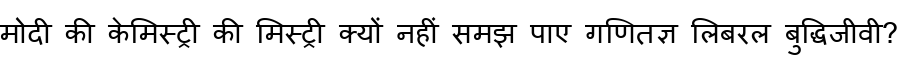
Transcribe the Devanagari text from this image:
मोदी की केमिस्ट्री की मिस्ट्री क्यों नहीं समझ पाए गणितज्ञ लिबरल बुद्धिजीवी?